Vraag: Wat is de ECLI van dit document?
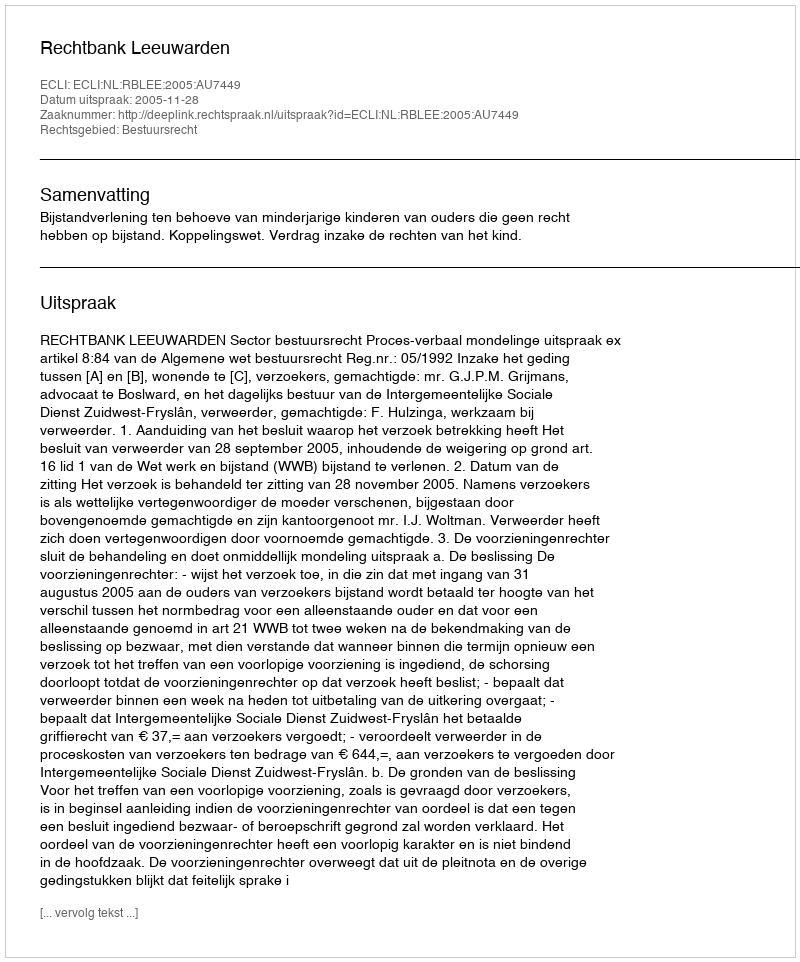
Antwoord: ECLI:NL:RBLEE:2005:AU7449